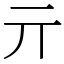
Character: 亓